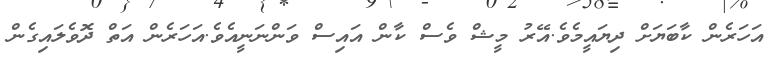
އަހަރެން ކާބަޔަށް ދިޔައީމެވެ.އޭރު މީޝް ވެސް ކާން އައިސް ވަންނަނީއެވެ.އަހަރެން އަތް ދޮވެލައިގެން